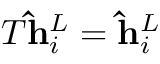
T \mathbf { \hat { h } } _ { i } ^ { L } = \mathbf { \hat { h } } _ { i } ^ { L }